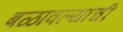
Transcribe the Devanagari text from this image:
बळावल्याची